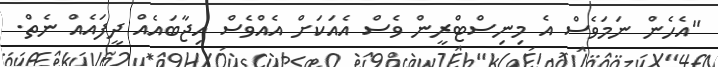
"އެހެން ނަމަވެސް އެ މިނިސްޓްރީން ވެސް އެއަކަށް އެއްވެސް އިޖާބައެއް ދީފައެއް ނެތް.